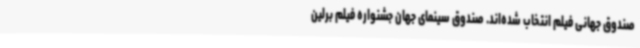
صندوق جهانی فیلم انتخاب شده‌اند. صندوق سینمای جهان جشنواره فیلم برلین